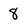
Character: 8